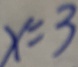
x = 3